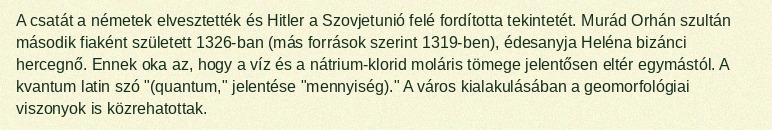
A csatát a németek elvesztették és Hitler a Szovjetunió felé fordította tekintetét. Murád Orhán szultán második fiaként született 1326-ban (más források szerint 1319-ben), édesanyja Heléna bizánci hercegnő. Ennek oka az, hogy a víz és a nátrium-klorid moláris tömege jelentősen eltér egymástól. A kvantum latin szó "(quantum," jelentése "mennyiség)." A város kialakulásában a geomorfológiai viszonyok is közrehatottak.